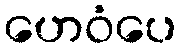
ဟေဝံပေ